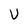
Character: U